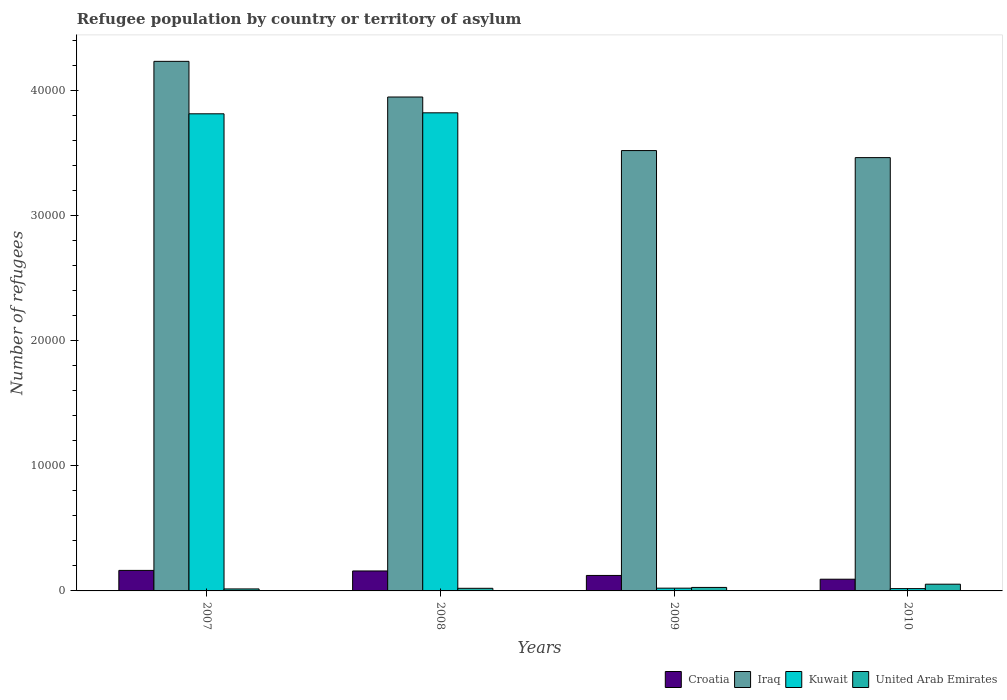
| Years | Croatia | Iraq | Kuwait | United Arab Emirates |
 | --- | --- | --- | --- | --- |
 | 2007 | 1.64e+03 | 4.24e+04 | 3.82e+04 | 159 |
 | 2008 | 1.6e+03 | 3.95e+04 | 3.82e+04 | 209 |
 | 2009 | 1.24e+03 | 3.52e+04 | 221 | 279 |
 | 2010 | 936 | 3.47e+04 | 184 | 538 |